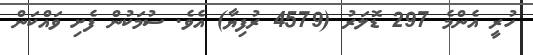
ހުރީ އެންމެ 297 ޑޮލަރު (4579 ރުފިޔާ) އެވެ. ސުމަކުން ފެށި ވައްކަން